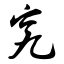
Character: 究